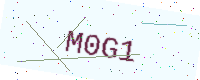
Text: M0G1